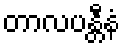
တာလပန္တီနံ